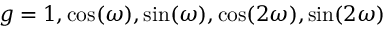
g = 1 , \cos ( \omega ) , \sin ( \omega ) , \cos ( 2 \omega ) , \sin ( 2 \omega )